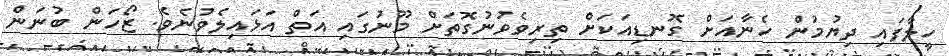
ހީލާފައި ދިޔުމުން ހެނާއަށް ގޮނޑިއަކަށް ތިރިވެވުނުގޮތަށް މޫނުގައި އަތް އަޅައިލެވުނެވެ. ޒޯހަން ބުނަން